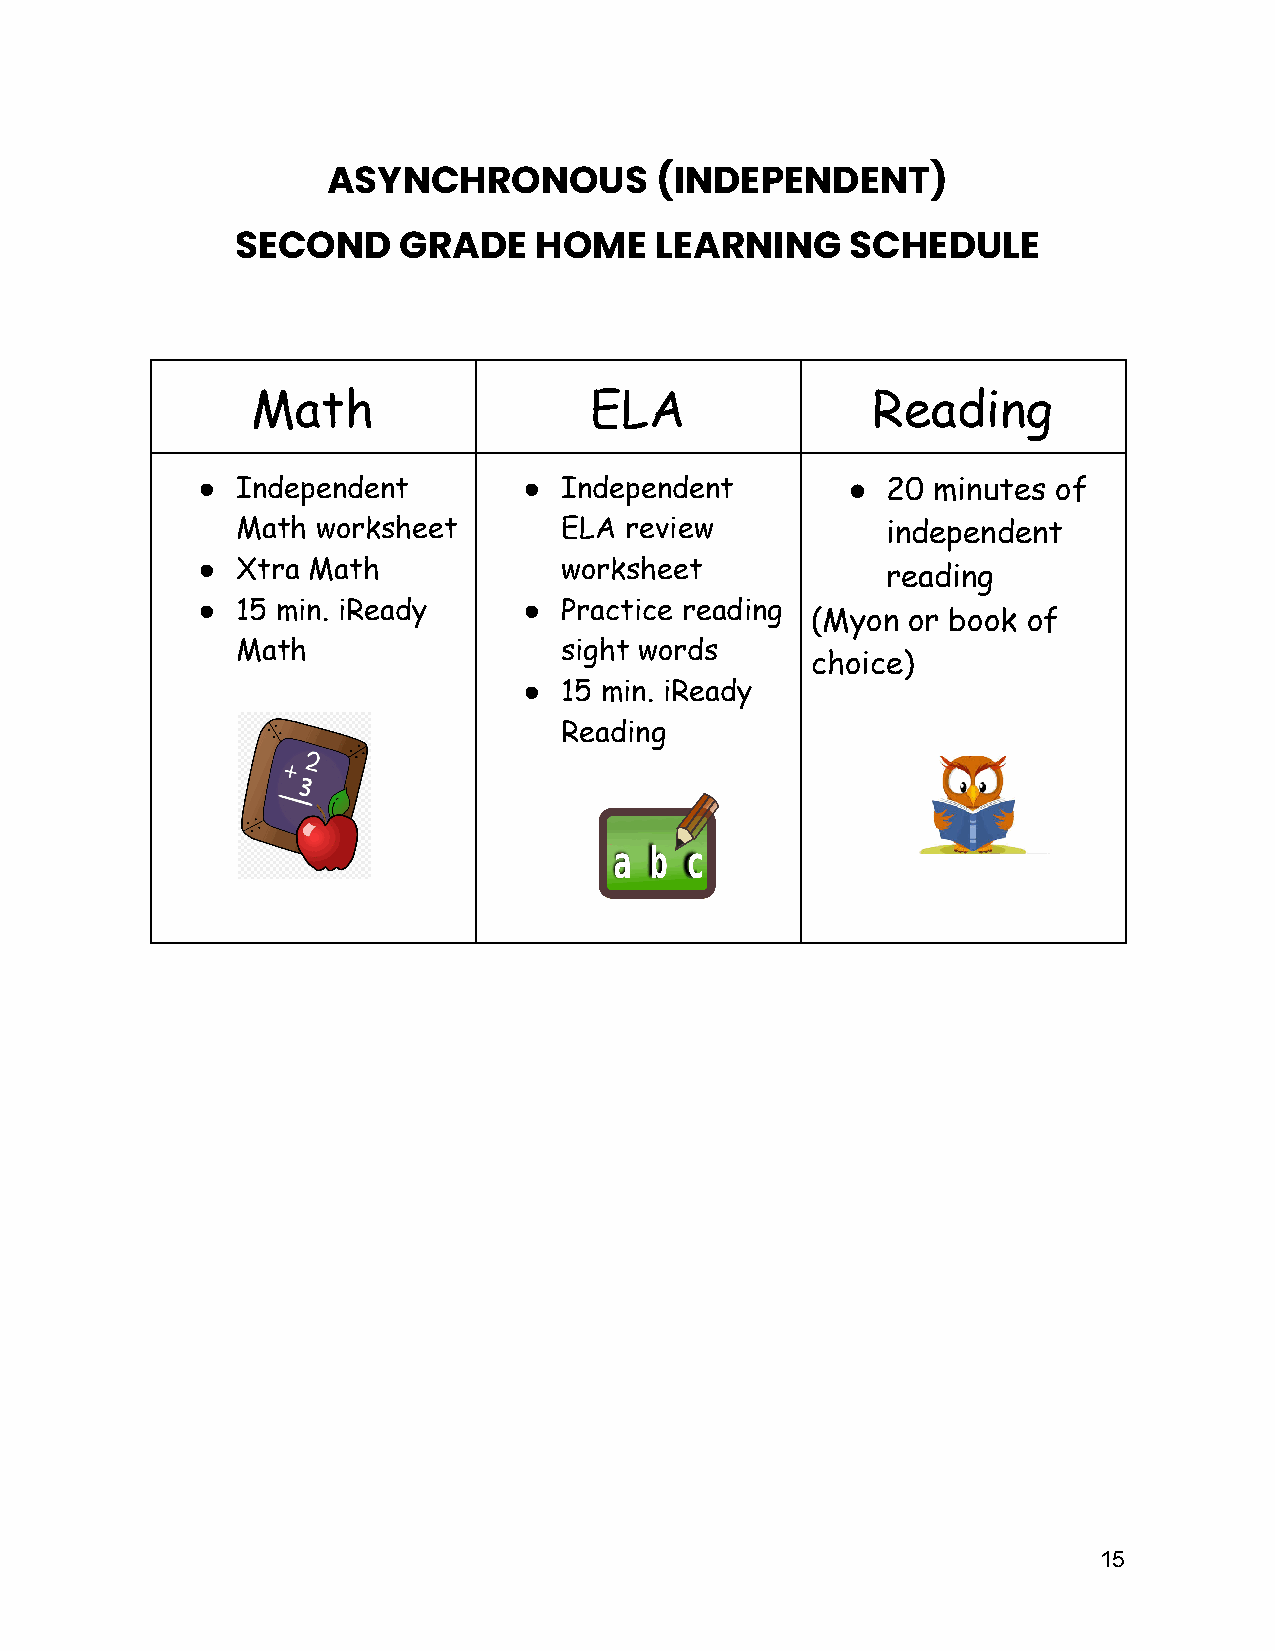
ASYNCHRONOUS         (INDEPENDENT)
 SECOND    GRADE    HOME    LEARNING     SCHEDULE
 Math                  ELA                Reading
 ●  Independent        ● Independent        ●  20 minutes of
 Math worksheet       ELA review            independent
 ●  Xtra Math            worksheet
 reading
 ●  15 min. iReady     ● Practice reading
 (Myon or book of
 Math                 sight words
 choice)
 ● 15 min. iReady
 Reading
 15